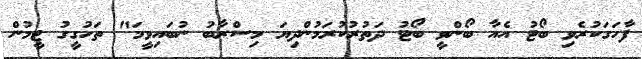
ފާހަގަކުރެވި ބޯޓު އެއާ ބޯންވީ ބޯޓު ދަތުރުކުރަމުންދިޔަ މިސްރާބު ނުބައިވީމަ" ތަހުގީގު ޓީމުން